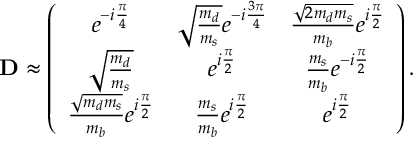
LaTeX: { \bf D } \approx \left( \begin{array} { c c c } { { e ^ { - i \frac { \pi } { 4 } } } } & { { \sqrt { \frac { m _ { d } } { m _ { s } } } e ^ { - i \frac { 3 \pi } { 4 } } } } & { { \frac { \sqrt { 2 m _ { d } m _ { s } } } { m _ { b } } e ^ { i \frac { \pi } { 2 } } \nonumber } } \\ { { \sqrt { \frac { m _ { d } } { m _ { s } } } } } & { { e ^ { i \frac { \pi } { 2 } } } } & { { \frac { m _ { s } } { m _ { b } } e ^ { - i \frac { \pi } { 2 } } \nonumber } } \\ { { \frac { \sqrt { m _ { d } m _ { s } } } { m _ { b } } e ^ { i \frac { \pi } { 2 } } } } & { { \frac { m _ { s } } { m _ { b } } e ^ { i \frac { \pi } { 2 } } } } & { { e ^ { i \frac { \pi } { 2 } } } } \end{array} \right) .